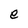
Character: e